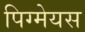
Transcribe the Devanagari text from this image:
पिग्मेयस